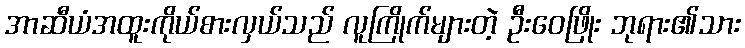
အာဆီယံအထူးကိုယ်စားလှယ်သည် လူကြိုက်များတဲ့ ဦးဝေဖြိုး ဘုရား၏သား